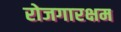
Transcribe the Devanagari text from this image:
रोजगारक्षम